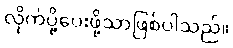
လိုက်ပို့ပေးဖို့သာဖြစ်ပါသည်။